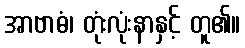
အာဗာဓံ၊ တုံးလုံးနာနှင့် တူ၏။